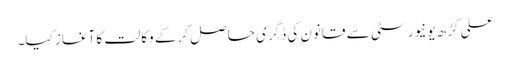
علی گڑھ یونیورسٹی سے قانون کی ڈگری حاصل کرکے وکالت کا آغاز کیا۔